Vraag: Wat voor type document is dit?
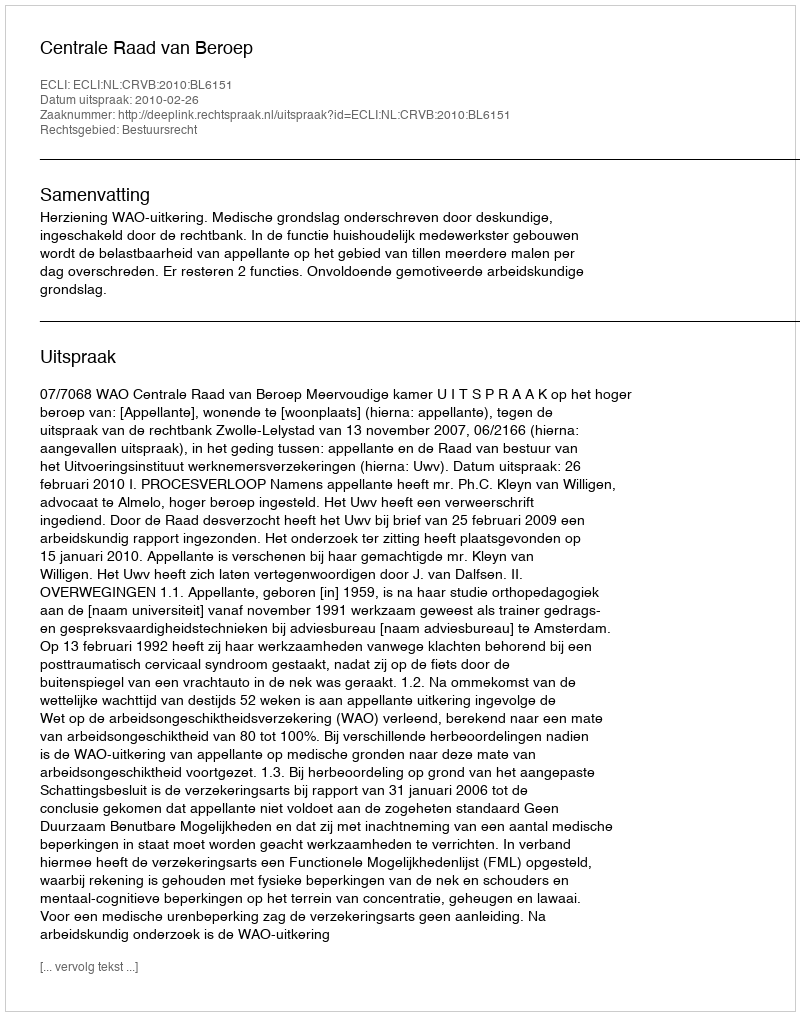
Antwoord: Uitspraak